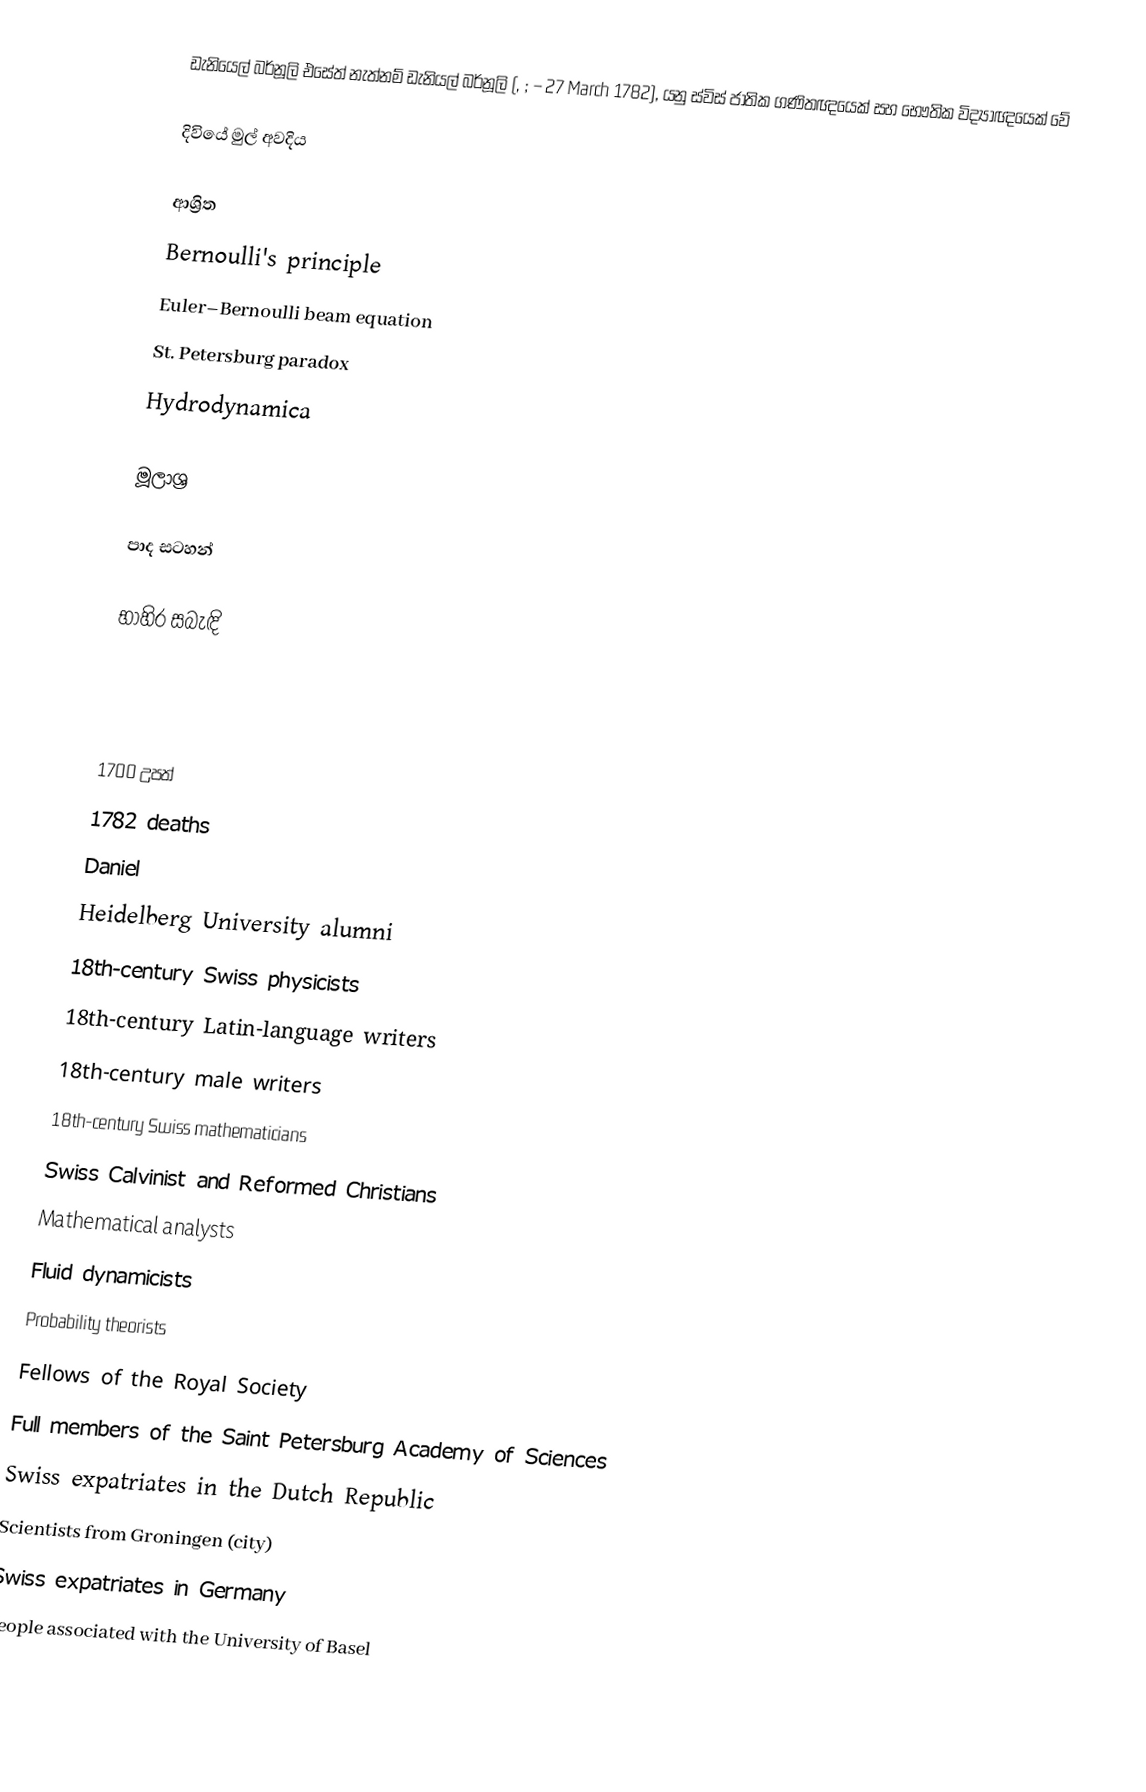
ඩැනියෙල් බර්නූලි එසේත් නැත්නම් ඩැනියල් බර්නූලි (, ;  – 27 March 1782), යනු ස්විස් ජාතික ගණිතඥයෙක් සහ භෞතික විද්‍යාඥයෙක් වේ

දිවියේ මුල් අවදිය

ආශ්‍රිත
 Bernoulli's principle
 Euler–Bernoulli beam equation
 St. Petersburg paradox
 Hydrodynamica

මූලාශ්‍ර

පාද සටහන්

භාහිර සබැඳි

1700 උපත්
1782 deaths
Daniel
Heidelberg University alumni
18th-century Swiss physicists
18th-century Latin-language writers
18th-century male writers
18th-century Swiss mathematicians
Swiss Calvinist and Reformed Christians
Mathematical analysts
Fluid dynamicists
Probability theorists
Fellows of the Royal Society
Full members of the Saint Petersburg Academy of Sciences
Swiss expatriates in the Dutch Republic
Scientists from Groningen (city)
Swiss expatriates in Germany
People associated with the University of Basel